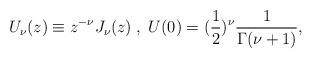
LaTeX: \begin{align*} U_{\nu}(z)\equiv z^{-\nu} J_{\nu} (z)\;,\; U(0)=(\frac{1}{2})^{\nu} \frac{1}{\Gamma(\nu+1)},\end{align*}